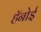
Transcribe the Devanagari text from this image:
हॅनोई